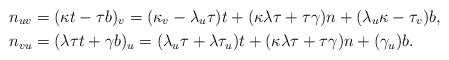
\begin{align*}n_{uv} & =(\kappa t-\tau b)_{v}=(\kappa_{v}-\lambda_{u}\tau)t+(\kappa\lambda\tau+\tau\gamma)n+(\lambda_{u}\kappa-\tau_{v})b,\\n_{vu} & =(\lambda\tau t+\gamma b)_{u}=(\lambda_{u}\tau+\lambda\tau_{u})t+(\kappa\lambda\tau+\tau\gamma)n+(\gamma_{u})b.\end{align*}